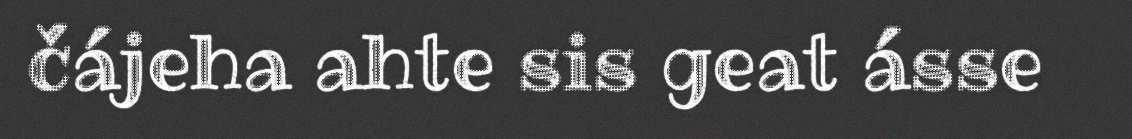
čájeha ahte sis geat ásse